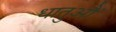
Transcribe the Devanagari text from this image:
धातुऔं